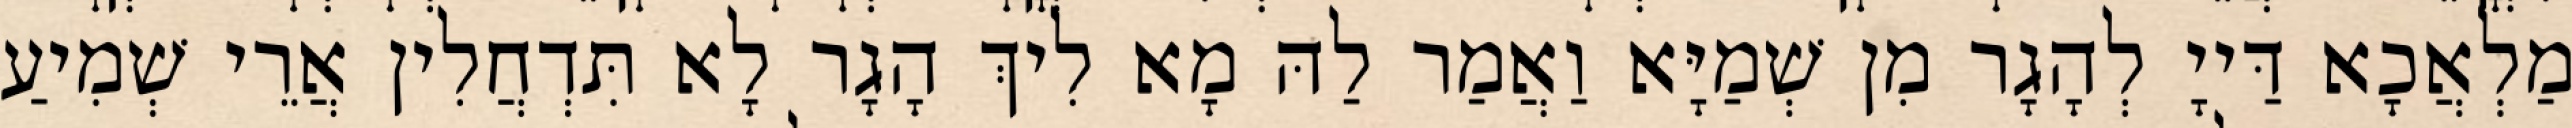
מַלְאֲכָא דַּייָ לְהָגָר מִן שְׁמַיָּא וַאֲמַר לַהּ מָא לִיךְ הָגָר לָא תִּדְחֲלִין אֲרֵי שְׁמִיעַ